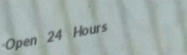
Open 24 Hours